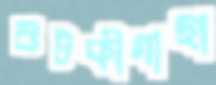
শুটকীগাছা